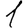
Digit: 1